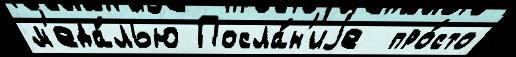
м'еда́лью Посла́н'иjе  про́сто